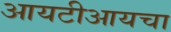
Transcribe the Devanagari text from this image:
आयटीआयचा